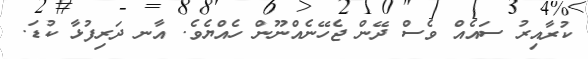
ކުރާއިރު ސައެއް ވެސް ދޭން ޖެހޭނެއްނޫން ހެއްޔެވެ. އާނ ދަރިފުޅާ ކުޑަ.